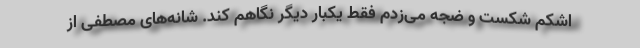
اشکم شکست و ضجه می‌زدم فقط یکبار دیگر نگاهم کند. شانه‌های مصطفی از